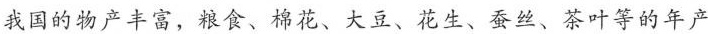
我国的物产丰富，粮食、棉花、大豆、花生、蚕丝、茶叶等的年产